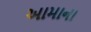
આમાના